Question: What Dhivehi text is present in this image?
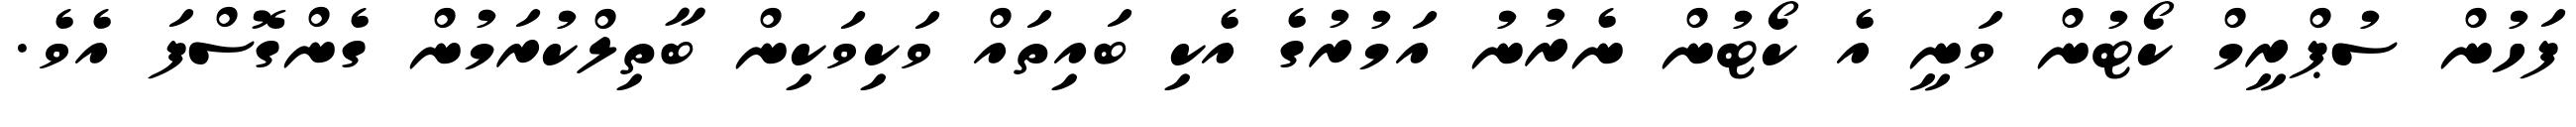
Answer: ފަހުން ސުޕްރީމް ކޯޓުން ވަނީ އެ ކޯޓުން ނެރުނު އަމުރުގެ އެކި ބައިތައް ވަކިވަކިން ބާތިލްކުރަމުން ގެންގޮސްފަ އެވެ.